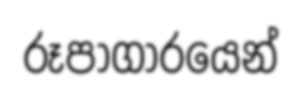
රූපාගාරයෙන්